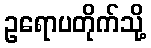
ဥရောပတိုက်သို့